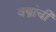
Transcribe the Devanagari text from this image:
वस्त्रांची